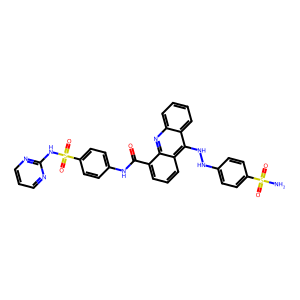
SMILES: NS(=O)(=O)c1ccc(NNc2c3ccccc3nc3c(C(=O)Nc4ccc(S(=O)(=O)Nc5ncccn5)cc4)cccc23)cc1
Inhibits HIV replication: No